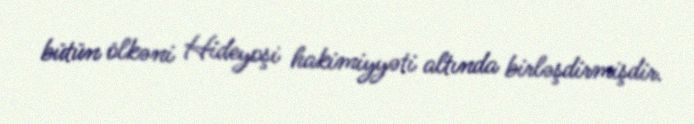
bütün ölkəni Hideyoşi hakimiyyəti altında birləşdirmişdir.